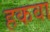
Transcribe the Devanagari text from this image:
हकवा